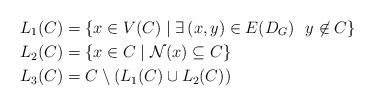
LaTeX: \begin{align*}& L_{1}(C)=\{x\in V(C) \mid \exists\, (x,y)\in E(D_{G})\,\, \,\, y\not\in C\}\\& L_{2}(C)=\{x\in C\mid \mathcal{N}(x)\subseteq C\}\\& L_{3}(C)=C\setminus (L_{1}(C)\cup L_{2}(C))\end{align*}